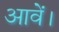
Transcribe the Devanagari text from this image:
आवें।